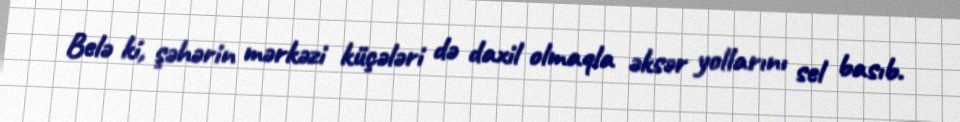
Belə ki, şəhərin mərkəzi küçələri də daxil olmaqla əksər yollarını sel basıb.